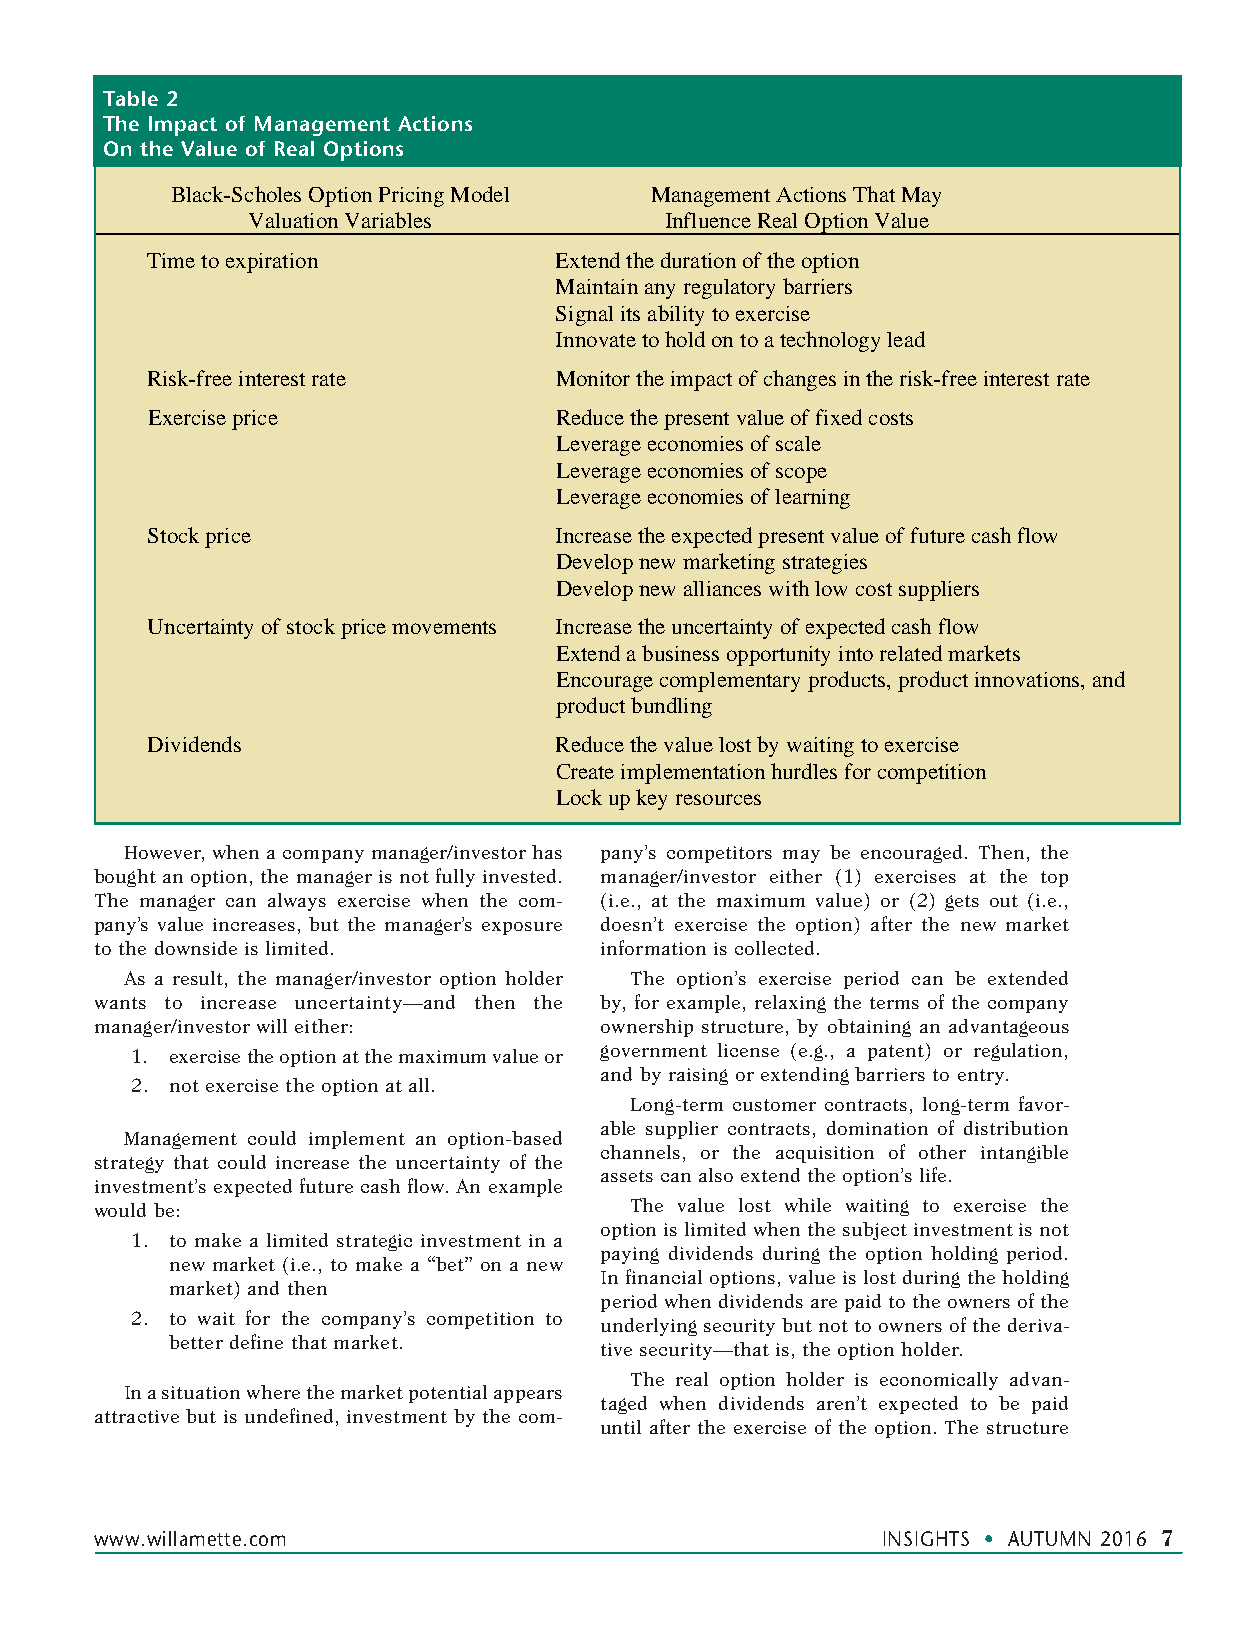
Table 2
 The Impact of Management Actions
 On the Value of Real Options
 Black-Scholes Option Pricing Model Management Actions That May
 Valuation Variables         Influence Real Option Value
 Time to expiration         Extend the duration of the option
 Maintain any regulatory barriers
 Signal its ability to exercise
 Innovate to hold on to a technology lead
 Risk-free interest rate    Monitor the impact of changes in the risk-free interest rate
 Exercise price             Reduce the present value of fixed costs
 Leverage economies of scale
 Leverage economies of scope
 Leverage economies of learning
 Stock price                Increase the expected present value of future cash flow
 Develop new marketing strategies
 Develop new alliances with low cost suppliers
 Uncertainty of stock price movements Increase the uncertainty of expected cash flow
 Extend a business opportunity into related markets
 Encourage complementary products, product innovations, and
 product bundling
 Dividends                  Reduce the value lost by waiting to exercise
 Create implementation hurdles for competition
 Lock up key resources
 However, when a company manager/investor has pany’s competitors may be encouraged. Then, the
 bought an option, the manager is not fully invested. manager/investor either (1) exercises at the top
 The manager can always exercise when the com- (i.e., at the maximum value) or (2) gets out (i.e.,
 pany’s value increases, but the manager’s exposure doesn’t exercise the option) after the new market
 to the downside is limited.       information is collected.
 As a result, the manager/investor option holder The option’s exercise period can be extended
 wants to increase uncertainty—and then the by, for example, relaxing the terms of the company
 manager/investor will either:     ownership structure, by obtaining an advantageous
 1. exercise the option at the maximum value or government license (e.g., a patent) or regulation,
 and by raising or extending barriers to entry.
 2. not exercise the option at all.
 Long-term customer contracts, long-term favor-
 able supplier contracts, domination of distribution
 Management could implement an option-based
 channels, or the acquisition of other intangible
 strategy that could increase the uncertainty of the
 assets can also extend the option’s life.
 investment’s expected future cash flow. An example
 would be:                           The value lost while waiting to exercise the
 option is limited when the subject investment is not
 1. to make a limited strategic investment in a
 paying dividends during the option holding period.
 new market (i.e., to make a “bet” on a new
 In financial options, value is lost during the holding
 market) and then
 period when dividends are paid to the owners of the
 2. to wait for the company’s competition to
 underlying security but not to owners of the deriva-
 better define that market.
 tive security—that is, the option holder.
 The real option holder is economically advan-
 In a situation where the market potential appears
 taged when dividends aren’t expected to be paid
 attractive but is undefined, investment by the com-
 until after the exercise of the option. The structure
 www .willamette .com                                INSIGHTS • AUTUMN 2016 7